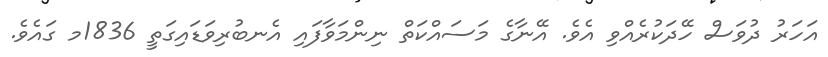
އަހަރު ދުވަސް ހޭދަކުރެއްވި އެވެ. އޭނާގެ މަސައްކަތް ނިންމަވާފައި އެނބުރިވަޑައިގަތީ 1836މ ގައެވެ.